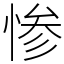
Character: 惨